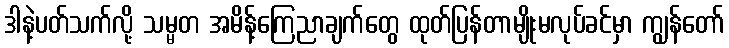
ဒါနဲ့ပတ်သက်လို့ သမ္မတ အမိန့်ကြေညာချက်တွေ ထုတ်ပြန်တာမျိုးမလုပ်ခင်မှာ ကျွန်တော်